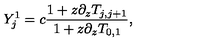
Y _ { j } ^ { 1 } = c \frac { 1 + z \partial _ { z } T _ { j , j + 1 } } { 1 + z \partial _ { z } T _ { 0 , 1 } } ,